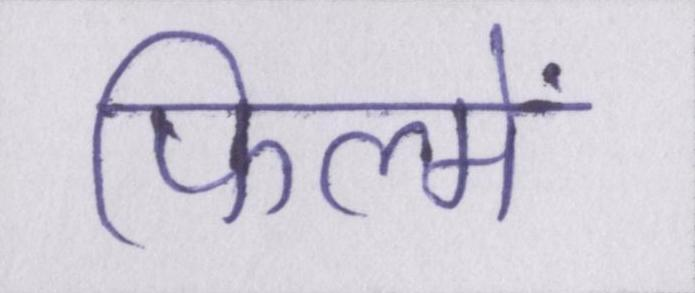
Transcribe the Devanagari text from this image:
फिल्में